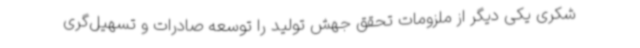
شکری یکی دیگر از ملزومات تحقق جهش تولید را توسعه صادرات و تسهیل‌گری